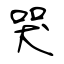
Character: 哭